Source: Handwritten
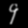
Digit: ၄ (4)